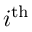
i ^ { \mathrm { t h } }